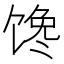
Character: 馋